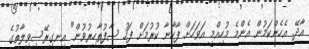
އާދޭ. އެހެންކަމުން އެންމެ މުހިއްމީ އަވަހަށް ފާހާނާ ކުރުމަށް ފަހު ސާފުތާހިރުވުން" އިނގިރޭސިވިލާތުގެ